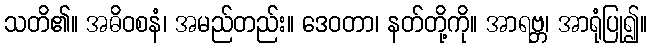
သတိ၏။ အဓိဝစနံ၊ အမည်တည်း။ ဒေဝတာ၊ နတ်တို့ကို။ အာရဗ္ဘ၊ အာရုံပြု၍။